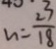
N = \frac { 2 3 } { 1 8 }